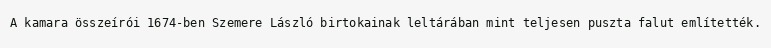
A kamara összeírói 1674-ben Szemere László birtokainak leltárában mint teljesen puszta falut említették.